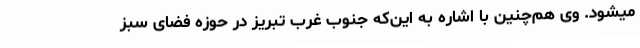
میشود. وی هم‌چنین با اشاره به این‌که جنوب غرب تبریز در حوزه فضای سبز